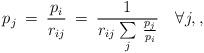
LaTeX: \begin{align*}p_j\>=\>\frac{p_i}{r_{ij}}\>=\>\frac{1}{{r_{ij}\>}{\sum\limits_{j}\>\frac{p_j}{p_i}}}\quad\forall j,,\end{align*}